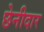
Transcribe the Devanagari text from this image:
छेनीदार